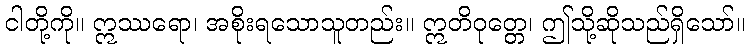
ငါတို့ကို။ ဣဿရော၊ အစိုးရသောသူတည်း။ ဣတိဝုတ္တေ၊ ဤသို့ဆိုသည်ရှိသော်။